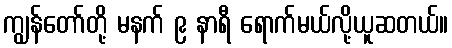
ကျွန်တော်တို့ မနက် ၉ နာရီ ရောက်မယ်လို့ယူဆတယ်။